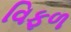
વિફળ